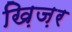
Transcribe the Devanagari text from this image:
ख़िज़र